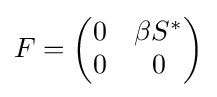
F={\begin{pmatrix}0&\beta S^{*}\\0&0\end{pmatrix}}